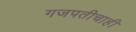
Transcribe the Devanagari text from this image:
गजपतीचाही